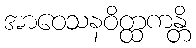
အာဝေသနဝိတ္ထကန္တိ